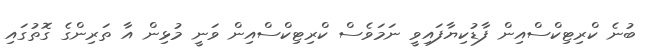
ބުނެ ކްރިޓިކްސްއިން ފާޑުކިޔާފައިވީ ނަމަވެސް ކްރިޓިކްސްއިން ވަނީ މުޅިން އާ ތަރިންގެ ގޮތުގައި